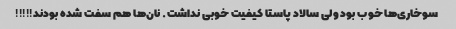
سوخاری‌ها خوب بود ولی سالاد پاستا کیفیت خوبی نداشت. نان‌ها هم سفت شده بودند!!!!!